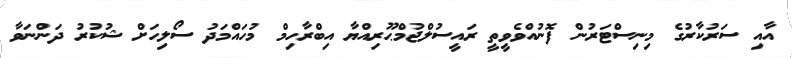
އާއި ސަރުކާރުގެ މިނިސްޓަރުން ފޮނުއްވެވީތީ ރައީސުލްޖުމްޙޫރިއްޔާ އިބްރާހިމް މުހައްމަދު ސޯލިހަށް ޝުކުރު ދަންނަވާ